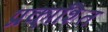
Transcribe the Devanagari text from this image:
प्रका्शित